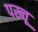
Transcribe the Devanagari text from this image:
पख्तू